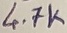
Text: 4.7K